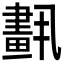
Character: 𦘣